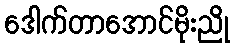
ဒေါက်တာအောင်မိုးညို